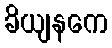
ခိယျနကေ